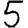
Digit: 5